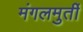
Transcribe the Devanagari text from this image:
मंगलमुर्ती